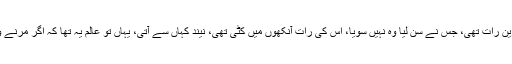
یہ رات میری بلکہ لاکھوں لوگوں کی زندگی کی اذیت ناک ترین رات تھی، جس نے سن لیا وہ نہیں سویا، اس کی رات آنکھوں میں کٹی تھی، نیند کہاں سے آتی، یہاں تو عالم یہ تھا کہ اگر مرنے والے کے ساتھ مرا جا سکتا تو آج نجانے کتنے جنازے اٹھتے۔